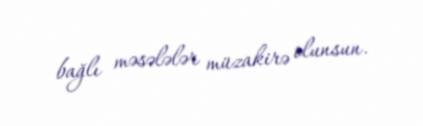
bağlı məsələlər müzakirə olunsun.